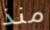
منذ